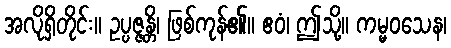
အလိုရှိတိုင်း။ ဥပ္ပဇ္ဇန္တိ၊ ဖြစ်ကုန်၏။ ဧဝံ၊ ဤသို့။ ကမ္မဝသေန၊